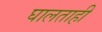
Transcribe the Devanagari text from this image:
घालताही